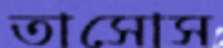
তাসোস